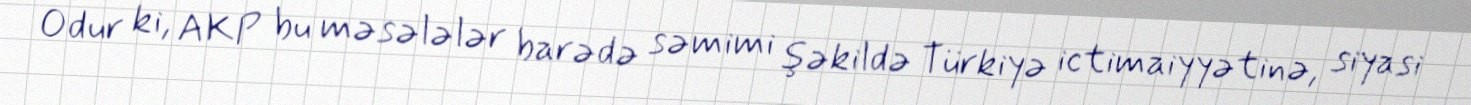
Odur ki, AKP bu məsələlər barədə səmimi şəkildə Türkiyə ictimaiyyətinə, siyasi